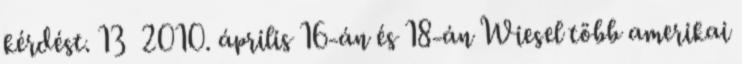
kérdést. 13 2010. április 16-án és 18-án Wiesel több amerikai